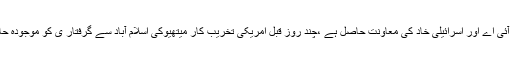
انہوں نے کہا کہ را کو امریکی سی آئی اے اور اسرائیلی خاد کی معاونت حاصل ہے ،چند روز قبل امریکی تخریب کار میتھیوکی اسلام آباد سے گرفتار ی کو موجودہ حالات کے تناظر میں دیکھنا چاہئے ۔